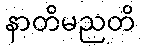
နာတိမညတိ